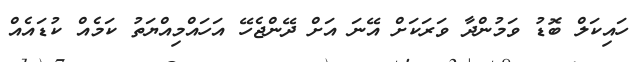
ހައިކަލް ބޮޑު ވަމުންދާ ވަރަކަށް އޭނަ އަށް ދޭންޖެހޭ އަހައްމިއްޔަތު ކަމެއް ކުޑައެއް